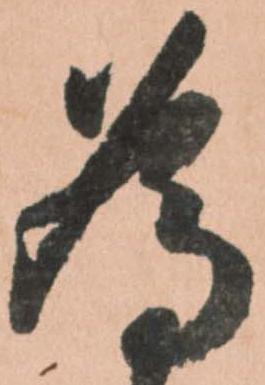
為